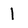
Character: 1